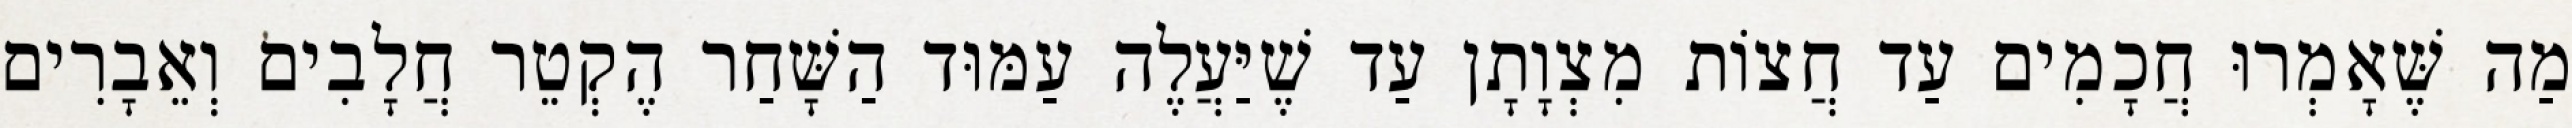
מַה שֶּׁאָמְרוּ חֲכָמִים עַד חֲצוֹת מִצְוָתָן עַד שֶׁיַּעֲלֶה עַמּוּד הַשָּׁחַר הֶקְטֵר חֲלָבִים וְאֵבָרִים